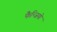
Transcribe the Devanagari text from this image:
फैन्जियो